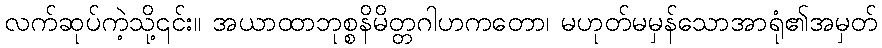
လက်ဆုပ်ကဲ့သို့၎င်း။ အယာထာဘုစ္စနိမိတ္တဂါဟကတော၊ မဟုတ်မမှန်သောအာရုံ၏အမှတ်